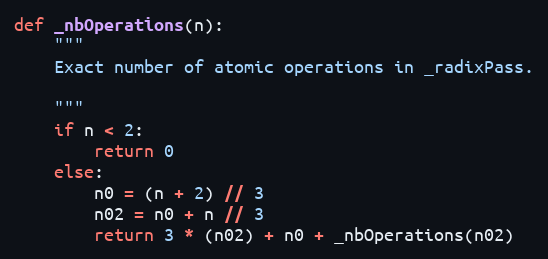
Language: Python
def _nbOperations(n):
    """
    Exact number of atomic operations in _radixPass.

    """
    if n < 2:
        return 0
    else:
        n0 = (n + 2) // 3
        n02 = n0 + n // 3
        return 3 * (n02) + n0 + _nbOperations(n02)